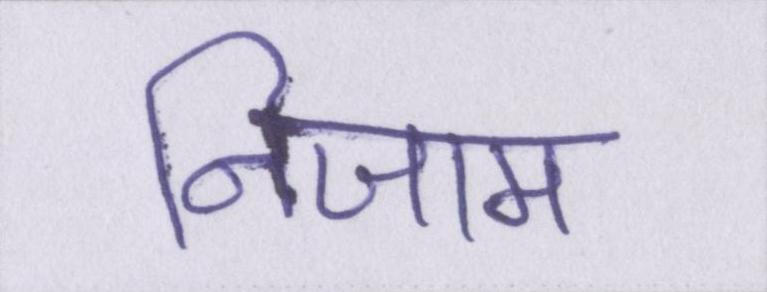
निजाम